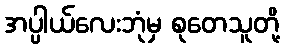
အပ္ပါယ်လေးဘုံမှ စုတေသူတို့